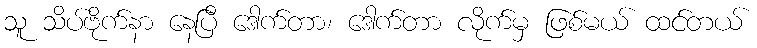
သူ သိပ်ဗိုက်နာ နေပြီ ဒေါက်တာ၊ ဒေါက်တာ လိုက်မှ ဖြစ်မယ် ထင်တယ်